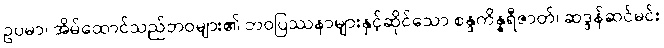
ဥပမာ၊ အိမ်ထောင်သည်ဘဝများ၏ ဘဝပြဿနာများနှင့်ဆိုင်သော စန္ဒကိန္နရီဇာတ်၊ ဆဒ္ဒန်ဆင်မင်း